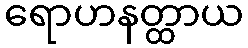
ရောဟနတ္ထာယ